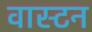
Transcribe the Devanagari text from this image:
वास्टन